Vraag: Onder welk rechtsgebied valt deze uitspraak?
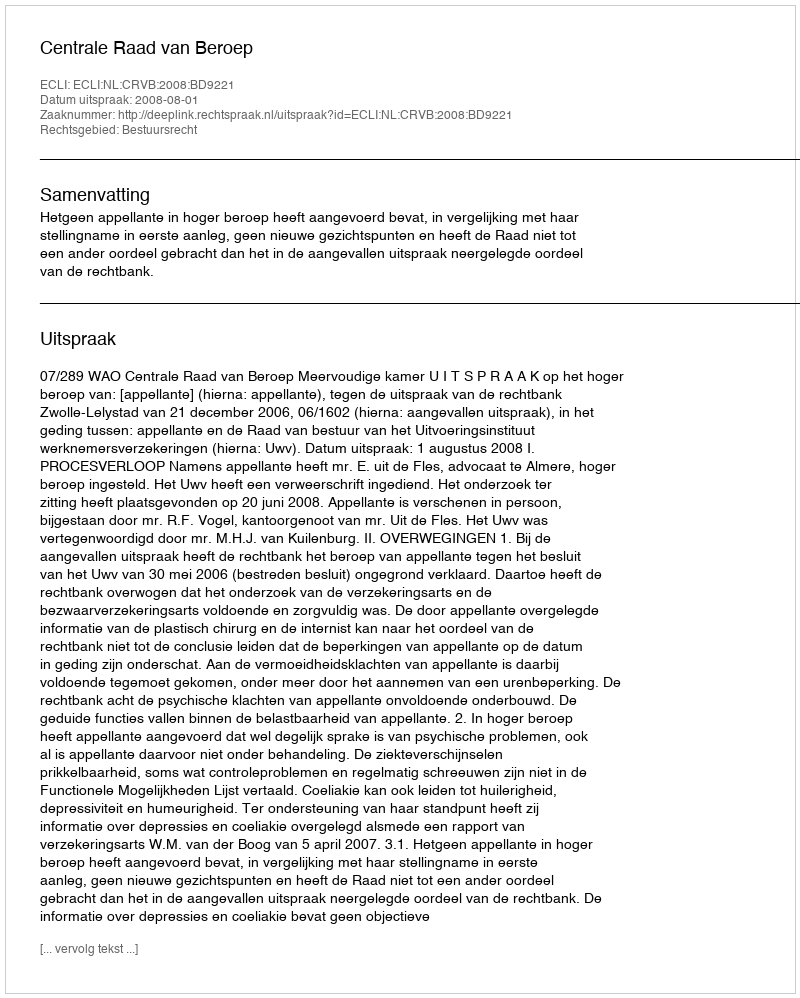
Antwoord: Bestuursrecht